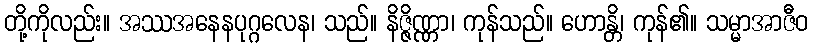
တို့ကိုလည်း။ အဿအနေနပုဂ္ဂလေန၊ သည်။ နိဇ္ဇိဏ္ဏာ၊ ကုန်သည်။ ဟောန္တိ၊ ကုန်၏။ သမ္မာအာဇီဝ